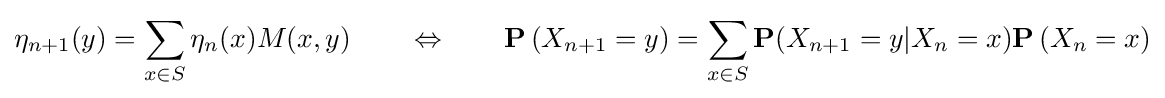
\eta _{n+1}(y)=\sum _{x\in S}\eta _{n}(x)M(x,y)\qquad \Leftrightarrow \qquad \mathbf {P} \left(X_{n+1}=y\right)=\sum _{x\in S}\mathbf {P} (X_{n+1}=y|X_{n}=x)\mathbf {P} \left(X_{n}=x\right)